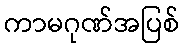
ကာမဂုဏ်အပြစ်